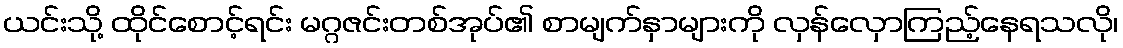
ယင်းသို့ ထိုင်စောင့်ရင်း မဂ္ဂဇင်းတစ်အုပ်၏ စာမျက်နှာများကို လှန်လှောကြည့်နေရသလို၊